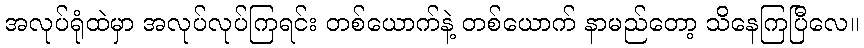
အလုပ်ရုံထဲမှာ အလုပ်လုပ်ကြရင်း တစ်ယောက်နဲ့ တစ်ယောက် နာမည်တော့ သိနေကြပြီလေ။